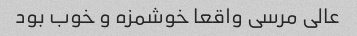
عالی مرسی واقعا خوشمزه و خوب بود